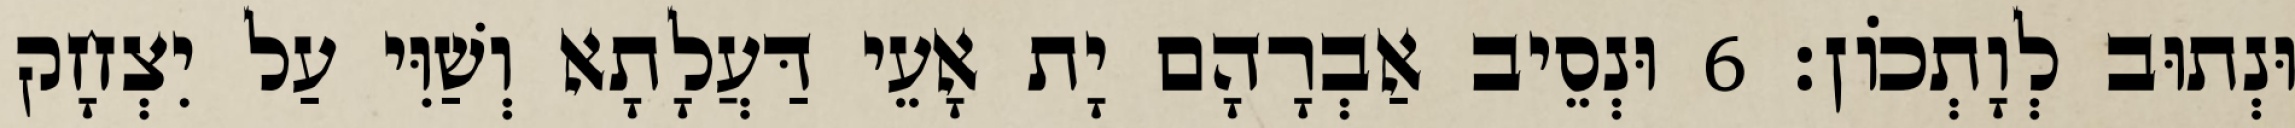
וּנְתוּב לְוָתְכוֹן׃ 6 וּנְסֵיב אַבְרָהָם יָת אָעֵי דַּעֲלָתָא וְשַׁוִּי עַל יִצְחָק